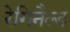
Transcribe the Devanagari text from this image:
रेगिनैल्ड